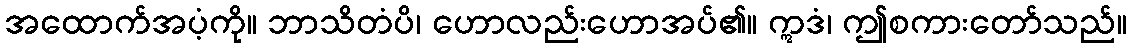
အထောက်အပံ့ကို။ ဘာသိတံပိ၊ ဟောလည်းဟောအပ်၏။ ဣဒံ၊ ဤစကားတော်သည်။